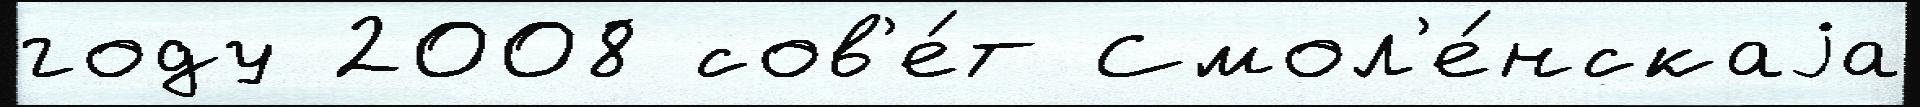
году 2008 сов'е́т Смол'е́нскаjа